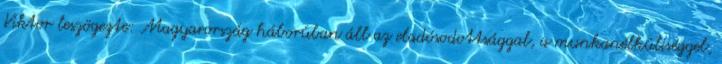
Viktor leszögezte: Magyarország háborúban áll az eladósodottsággal, a munkanélküliséggel,